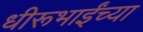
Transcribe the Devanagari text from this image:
धीरूभाईंच्या